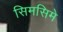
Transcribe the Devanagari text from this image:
सिमसिमे